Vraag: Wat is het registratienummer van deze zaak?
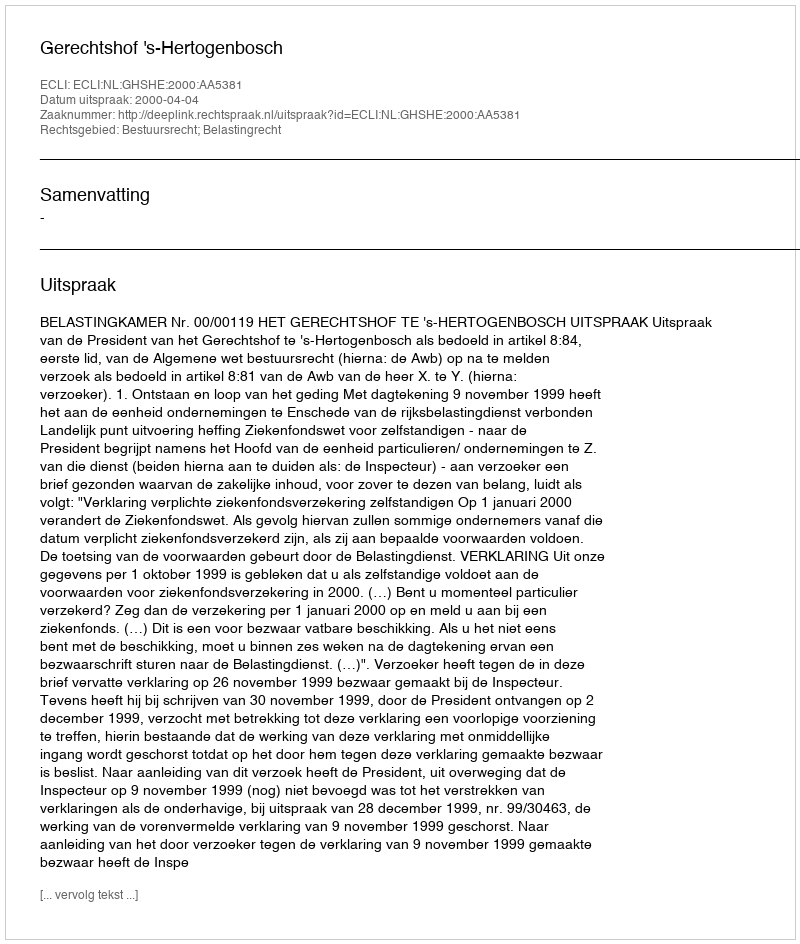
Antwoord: http://deeplink.rechtspraak.nl/uitspraak?id=ECLI:NL:GHSHE:2000:AA5381